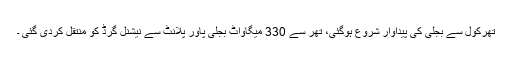
تھرکول سے بجلی کی پیداوار شروع ہوگئی، تھر سے 330 میگاواٹ بجلی پاور پلانٹ سے نیشنل گرڈ کو منتقل کردی گئی ۔